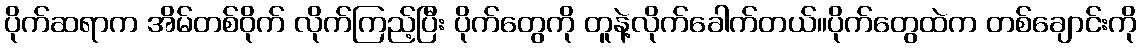
ပိုက်ဆရာက အိမ်တစ်ဝိုက် လိုက်ကြည့်ပြီး ပိုက်တွေကို တူနဲ့လိုက်ခေါက်တယ်။ပိုက်တွေထဲက တစ်ချောင်းကို